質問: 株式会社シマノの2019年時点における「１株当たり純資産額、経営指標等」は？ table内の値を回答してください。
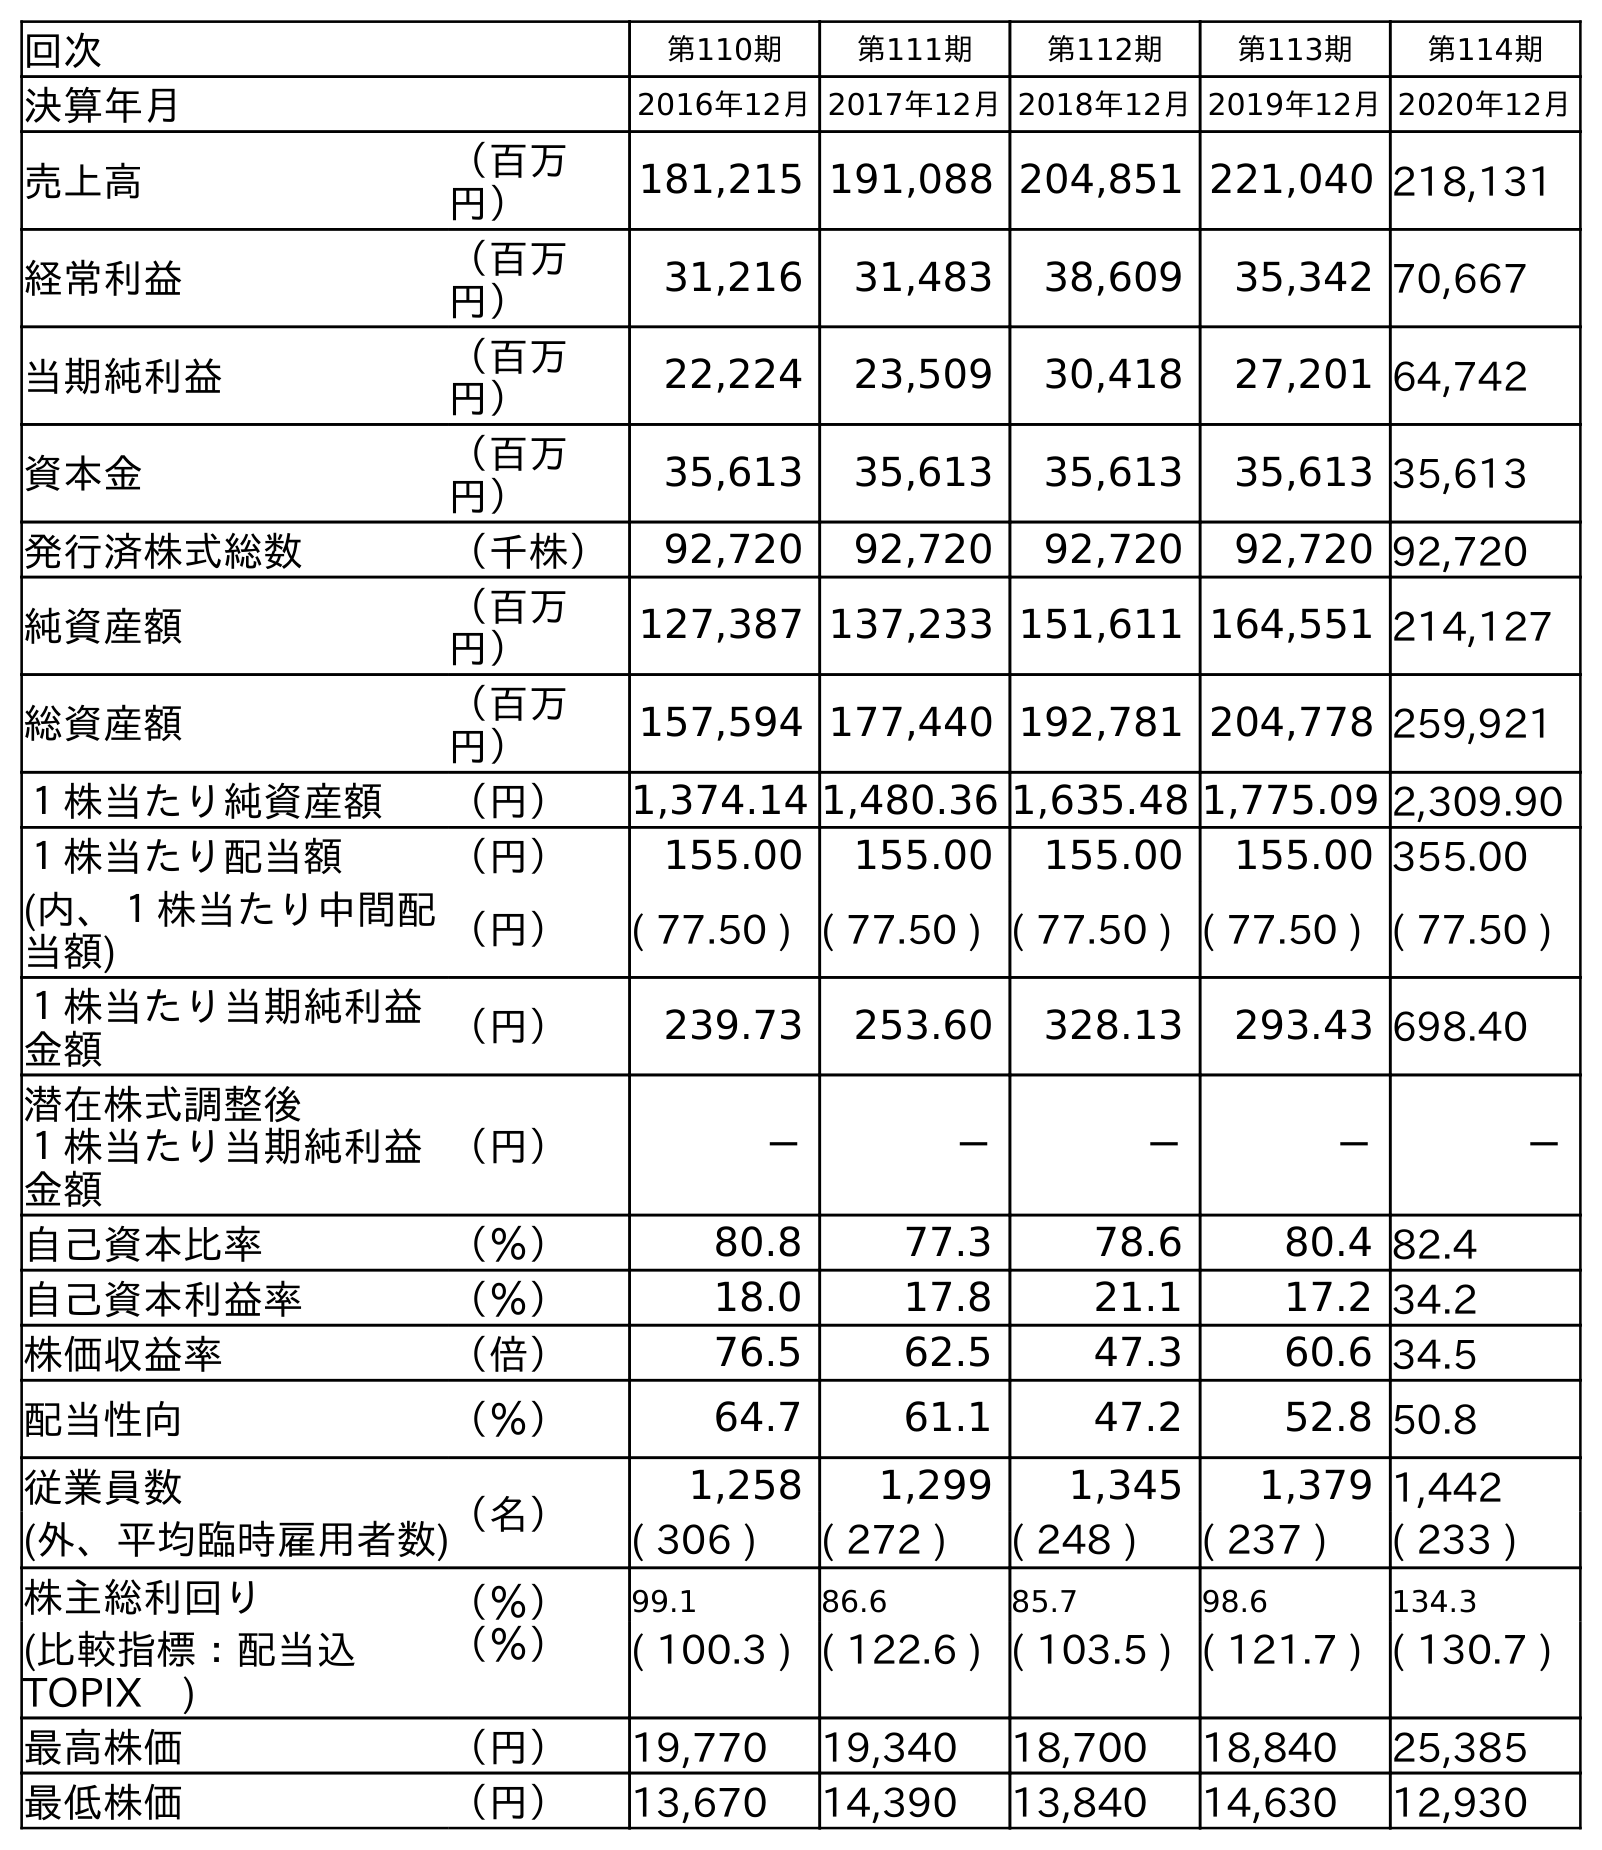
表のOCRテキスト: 回次 第110期 第111期 第112期 第113期 第114期 決算年月 2016年12月2017年12月2018年12月2019年12月2020年12月 売上高 （百万 円） 181,215 191,088 204,851 221,040 218,131 経常利益 （百万 円） 31,216 31,483 38,609 35,342 70,667 当期純利益 （百万 円） 22,224 23,509 30,418 27,201 64,742 資本金 （百万 円） 35,613 35,613 35,613 35,613 35,613 発行済株式総数 （千株） 92,720 92,720 92,720 92,720 92,720 純資産額 （百万 円） 127,387 137,233 151,611 164,551 214,127 総資産額 （百万 円） 157,594 177,440 192,781 204,778 259,921 １株当たり純資産額 （円） 1,374.14 1,480.36 1,635.48 1,775.09 2,309.90 １株当たり配当額 （円） 155.00 155.00 155.00 155.00 355.00 (内、１株当たり中間配 当額) （円） ( 77.50 ) ( 77.50 ) ( 77.50 ) ( 77.50 ) ( 77.50 ) １株当たり当期純利益 金額 （円） 239.73 253.60 328.13 293.43 698.40 潜在株式調整後 １株当たり当期純利益 金額 （円） － － － － － 自己資本比率 （％） 80.8 77.3 78.6 80.4 82.4 自己資本利益率 （％） 18.0 17.8 21.1 17.2 34.2 株価収益率 （倍） 76.5 62.5 47.3 60.6 34.5 配当性向 （％） 64.7 61.1 47.2 52.8 50.8 従業員数 （名） 1,258 1,299 1,345 1,379 1,442 (外、平均臨時雇用者数) ( 306 ) ( 272 ) ( 248 ) ( 237 ) ( 233 ) 株主総利回り （％） 99.1 86.6 85.7 98.6 134.3 (比較指標：配当込 TOPIX ) （％） ( 100.3 ) ( 122.6 ) ( 103.5 ) ( 121.7 ) ( 130.7 ) 最高株価 （円） 19,770 19,340 18,700 18,840 25,385 最低株価 （円） 13,670 14,390 13,840 14,630 12,930
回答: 1,775.09